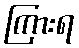
ကြားရ